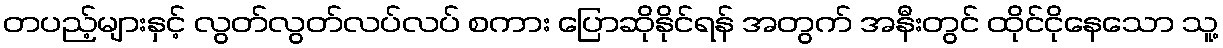
တပည့်များနှင့် လွတ်လွတ်လပ်လပ် စကား ပြောဆိုနိုင်ရန် အတွက် အနီးတွင် ထိုင်ငိုနေသော သူ့